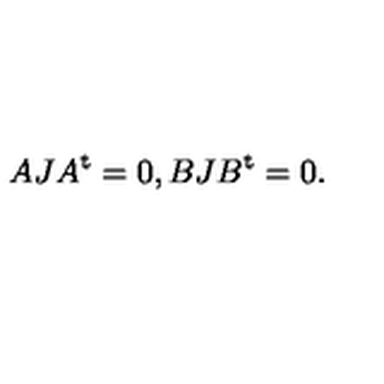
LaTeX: A J A ^ { \mathrm { t } } = 0 , B J B ^ { \mathrm { t } } = 0 .